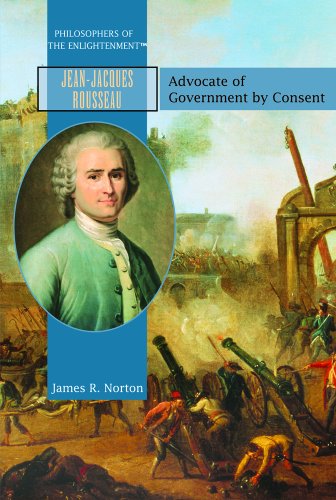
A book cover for Jean-Jacques Rousseau: Advocate of Government by Consent (Philosophers of the Enlightenment); James R. Norton; Teen & Young Adult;